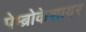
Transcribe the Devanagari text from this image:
पेम्ब्रोकेशायर